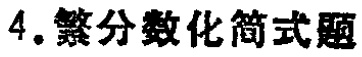
4. 繁分数化简式题